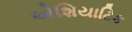
એશિયાટિક